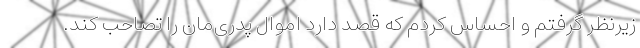
زیرنظر گرفتم و احساس کردم که قصد دارد اموال پدری‌مان را تصاحب کند.